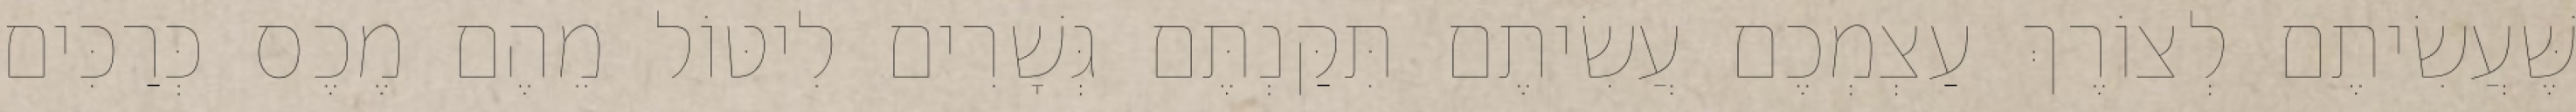
שֶּׁעֲשִׂיתֶם לְצוֹרֶךְ עַצְמְכֶם עֲשִׂיתֶם תִּקַּנְתֶּם גְּשָׁרִים לִיטּוֹל מֵהֶם מֶכֶס כְּרַכִּים